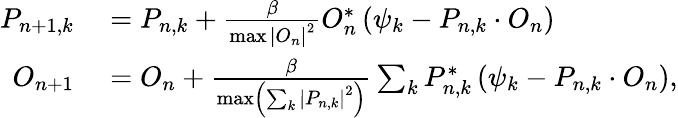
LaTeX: \begin{array}{rl}{P_{n+1,k}}&{{}=P_{n,k}+\frac{\beta}{\operatorname*{max}\left|O_{n}\right|^{2}}O_{n}^{*}\left(\psi_{k}-P_{n,k}\cdot O_{n}\right)}\\ {O_{n+1}}&{{}=O_{n}+\frac{\beta}{\operatorname*{max}\left(\sum_{k}\left|P_{n,k}\right|^{2}\right)}\sum_{k}P_{n,k}^{*}\left(\psi_{k}-P_{n,k}\cdot O_{n}\right),}\end{array}